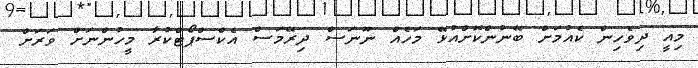
މިއީ ދިވެހިން ކެއުމަށް ބޭނުންކޮށްއުޅޭ މަހެއް ނޫނަސް ދިރޭމަސް އެކްސްޕޯޓްކުރާ މީހުންނަށް ވަރަށް